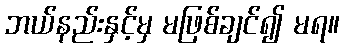
ဘယ်နည်းနှင့်မှ မဖြစ်ချင်၍ မရ။